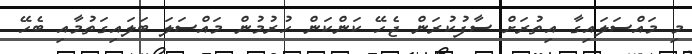
މި މައްސަލައިގާ އިތުރަށް ސާފުކުރަން ޖެހޭ ކަންކަން ހުރުމުން މައްސަލަ ބަލައިގަތުމާއި ބެހޭ